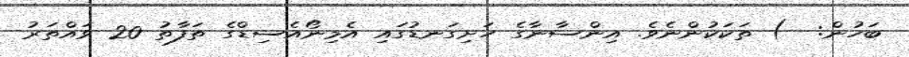
ބަހުން:  ) ތަކަކުންނެވެ. އިންސާނާގެ ހަށިގަނޑުގައި އެމިނޯއެސިޑްގެ ތަފާތު 20 ވައްތަރު